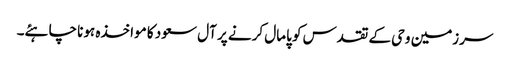
سرزمین وحی کے تقدس کو پامال کرنے پر آل سعود کا مواخذہ ہونا چاہئے۔